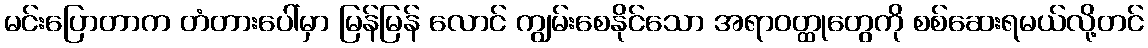
မင်းပြောတာက တံတားပေါ်မှာ မြန်မြန် လောင် ကျွမ်းစေနိုင်သော အရာဝတ္ထုတွေကို စစ်ဆေးရမယ်လို့တင်